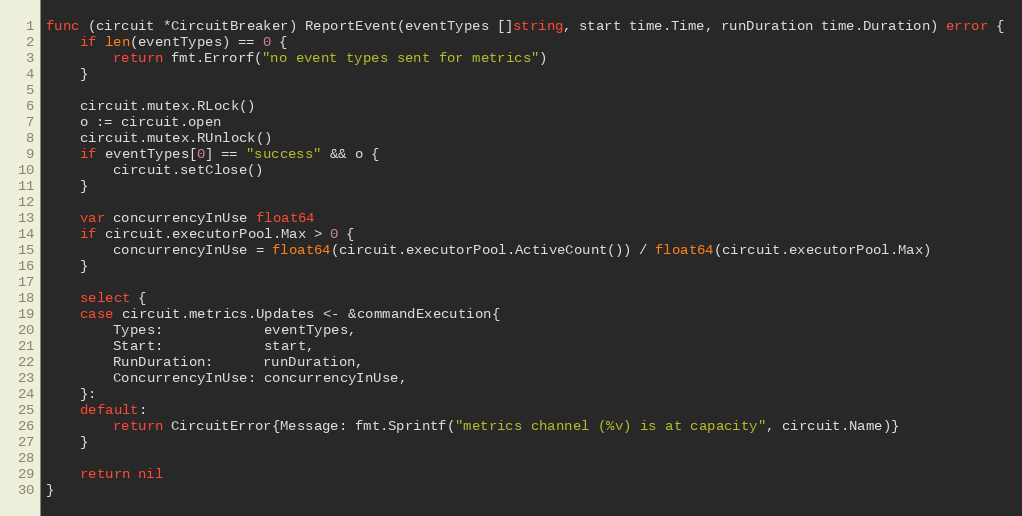
Language: Go
func (circuit *CircuitBreaker) ReportEvent(eventTypes []string, start time.Time, runDuration time.Duration) error {
	if len(eventTypes) == 0 {
		return fmt.Errorf("no event types sent for metrics")
	}

	circuit.mutex.RLock()
	o := circuit.open
	circuit.mutex.RUnlock()
	if eventTypes[0] == "success" && o {
		circuit.setClose()
	}

	var concurrencyInUse float64
	if circuit.executorPool.Max > 0 {
		concurrencyInUse = float64(circuit.executorPool.ActiveCount()) / float64(circuit.executorPool.Max)
	}

	select {
	case circuit.metrics.Updates <- &commandExecution{
		Types:            eventTypes,
		Start:            start,
		RunDuration:      runDuration,
		ConcurrencyInUse: concurrencyInUse,
	}:
	default:
		return CircuitError{Message: fmt.Sprintf("metrics channel (%v) is at capacity", circuit.Name)}
	}

	return nil
}